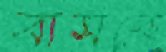
বাসবো